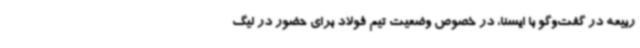
ربیعه در گفت‌وگو با ایسنا، در خصوص وضعیت تیم فولاد برای حضور در لیگ